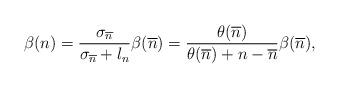
LaTeX: \begin{align*}\beta(n)=\frac{\sigma_{\overline{n}}}{\sigma_{\overline{n}}+l_n}\beta(\overline{n})=\frac{\theta(\overline{n})}{\theta(\overline{n})+n-\overline{n}}\beta(\overline{n}),\end{align*}